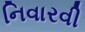
નિવારવી